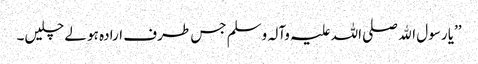
’’یا رسول اﷲ صلی اللہ علیہ وآلہ وسلم جس طرف ارادہ ہو لے چلیں۔